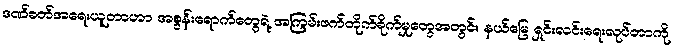
ဒဏ်ခတ်အရေးယူတာဟာ အစွန်းရောက်တွေရဲ့ အကြမ်းဖက်တိုက်ခိုက်မှုတွေအတွင်း နယ်မြေ ရှင်းလင်းရေးလုပ်တာကို